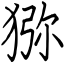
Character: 猕